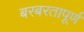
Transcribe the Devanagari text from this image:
बरबरतापूर्ण